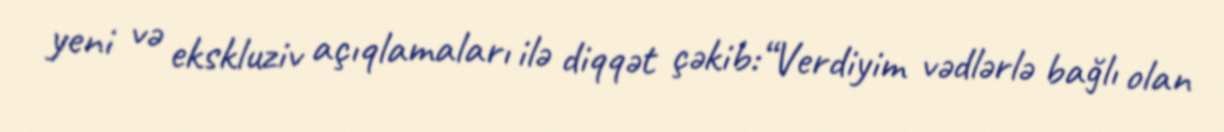
yeni və ekskluziv açıqlamaları ilə diqqət çəkib:“Verdiyim vədlərlə bağlı olan